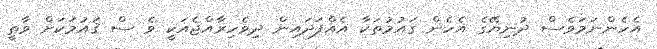
އެހެންނަމަވެސް ދުނިޔޭގެ އެހެން ޤައުމުތަކާ އެއްފަދައިން ދިވެހިރާއްޖެއަކީ ވެ ސް ޤައުމަކަށް ވާތީ